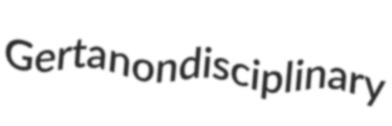
Gerta nondisciplinary